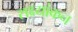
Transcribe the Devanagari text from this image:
सक्ष्यांकन